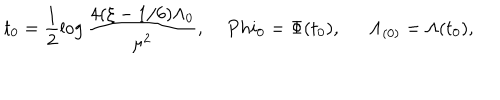
t _ { 0 } = \frac { 1 } { 2 } \log \frac { 4 ( \xi - 1 / 6 ) \Lambda _ { 0 } } { \mu ^ { 2 } } , \ \ \, \ \, P h i _ { 0 } = \Phi ( t _ { 0 } ) , \ \ \Lambda _ { ( 0 ) } = \Lambda ( t _ { 0 } ) ,